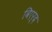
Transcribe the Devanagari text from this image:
विएर्द